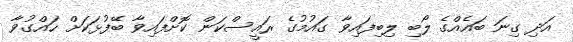
އަދި ގިނަ ބައެއްގެ ލޯބި ލިބިފައިވާ ގައުމުގެ ރައީސްކަން ކޮށްފައިވާ ބޭފުޅަކަށް ހައްގުވާ